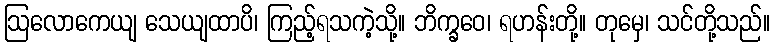
ဩလောကေယျ သေယျထာပိ၊ ကြည့်ရသကဲ့သို့။ ဘိက္ခဝေ၊ ရဟန်းတို့။ တုမှေ၊ သင်တို့သည်။